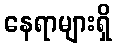
နေရာများရှိ